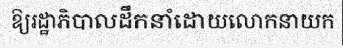
ឱ្យរដ្ឋាភិបាលដឹកនាំដោយលោកនាយក